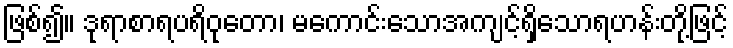
ဖြစ်၍။ ဒုရာစာရပရိဝုတော၊ မကောင်းသောအကျင့်ရှိသောရဟန်းတို့ဖြင့်